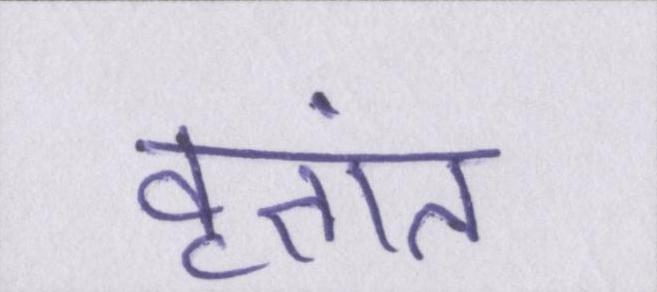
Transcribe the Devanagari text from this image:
वृतांत